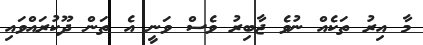
މާ އިރު ތަކެއް ނުވެ ޖާބިރު ވެސް ވަނީ އެ ތަން ދޫކުރައްވައި